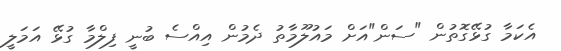
އެކަމާ ގުޅޭގޮތުން "ސަން"އަށް މައުލޫމާތު ދެމުން އިއްސެ ބުނީ ފިލްމާ ގުޅޭ އަމަލީ